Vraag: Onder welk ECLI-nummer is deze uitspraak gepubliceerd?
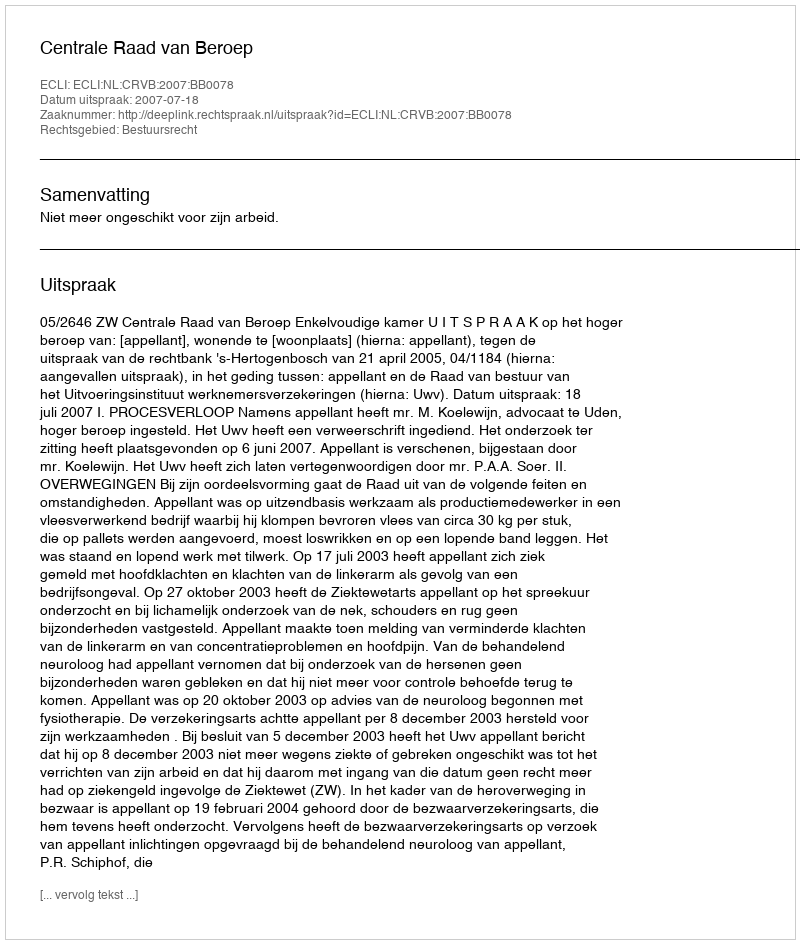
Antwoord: ECLI:NL:CRVB:2007:BB0078